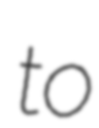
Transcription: to